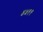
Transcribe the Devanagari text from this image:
४५११